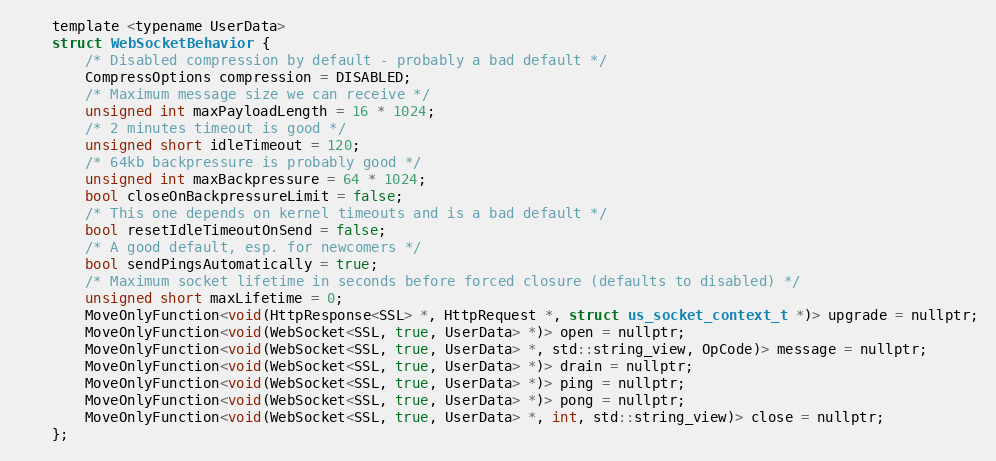
Language: C
    template <typename UserData>
    struct WebSocketBehavior {
        /* Disabled compression by default - probably a bad default */
        CompressOptions compression = DISABLED;
        /* Maximum message size we can receive */
        unsigned int maxPayloadLength = 16 * 1024;
        /* 2 minutes timeout is good */
        unsigned short idleTimeout = 120;
        /* 64kb backpressure is probably good */
        unsigned int maxBackpressure = 64 * 1024;
        bool closeOnBackpressureLimit = false;
        /* This one depends on kernel timeouts and is a bad default */
        bool resetIdleTimeoutOnSend = false;
        /* A good default, esp. for newcomers */
        bool sendPingsAutomatically = true;
        /* Maximum socket lifetime in seconds before forced closure (defaults to disabled) */
        unsigned short maxLifetime = 0;
        MoveOnlyFunction<void(HttpResponse<SSL> *, HttpRequest *, struct us_socket_context_t *)> upgrade = nullptr;
        MoveOnlyFunction<void(WebSocket<SSL, true, UserData> *)> open = nullptr;
        MoveOnlyFunction<void(WebSocket<SSL, true, UserData> *, std::string_view, OpCode)> message = nullptr;
        MoveOnlyFunction<void(WebSocket<SSL, true, UserData> *)> drain = nullptr;
        MoveOnlyFunction<void(WebSocket<SSL, true, UserData> *)> ping = nullptr;
        MoveOnlyFunction<void(WebSocket<SSL, true, UserData> *)> pong = nullptr;
        MoveOnlyFunction<void(WebSocket<SSL, true, UserData> *, int, std::string_view)> close = nullptr;
    };